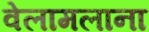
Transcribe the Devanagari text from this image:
वेलामलाना